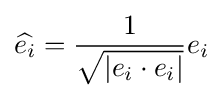
{\widehat {e_{i}}}={\frac {1}{\sqrt {|e_{i}\cdot e_{i}|}}}e_{i}